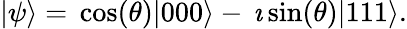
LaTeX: \begin{array}{r}{|\psi\rangle=\, \cos(\theta)|000\rangle-\, \imath\sin(\theta)|111\rangle.}\end{array}